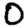
Digit: 0